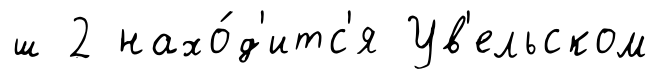
ш 2 нахо́д'итс'я Ув'ельском